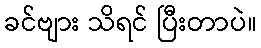
ခင်ဗျား သိရင် ပြီးတာပဲ။